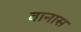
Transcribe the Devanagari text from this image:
वानास